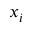
x _ { i }